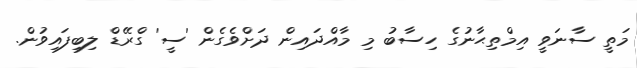
މަތީ ސާނަވީ އިމްތިޙާނުގެ ހިސާބު މި މާއްދައިން ދަށްވެގެން 'ސީ' ގްރޭޑް ލިބިފައިވުން.